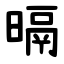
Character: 㬏